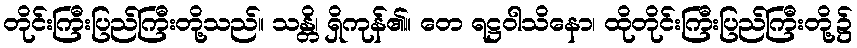
တိုင်းကြီးပြည်ကြီးတို့သည်။ သန္တိ၊ ရှိကုန်၏။ တေ ရဋ္ဌဝါသိနော၊ ထိုတိုင်းကြီးပြည်ကြီးတို့၌